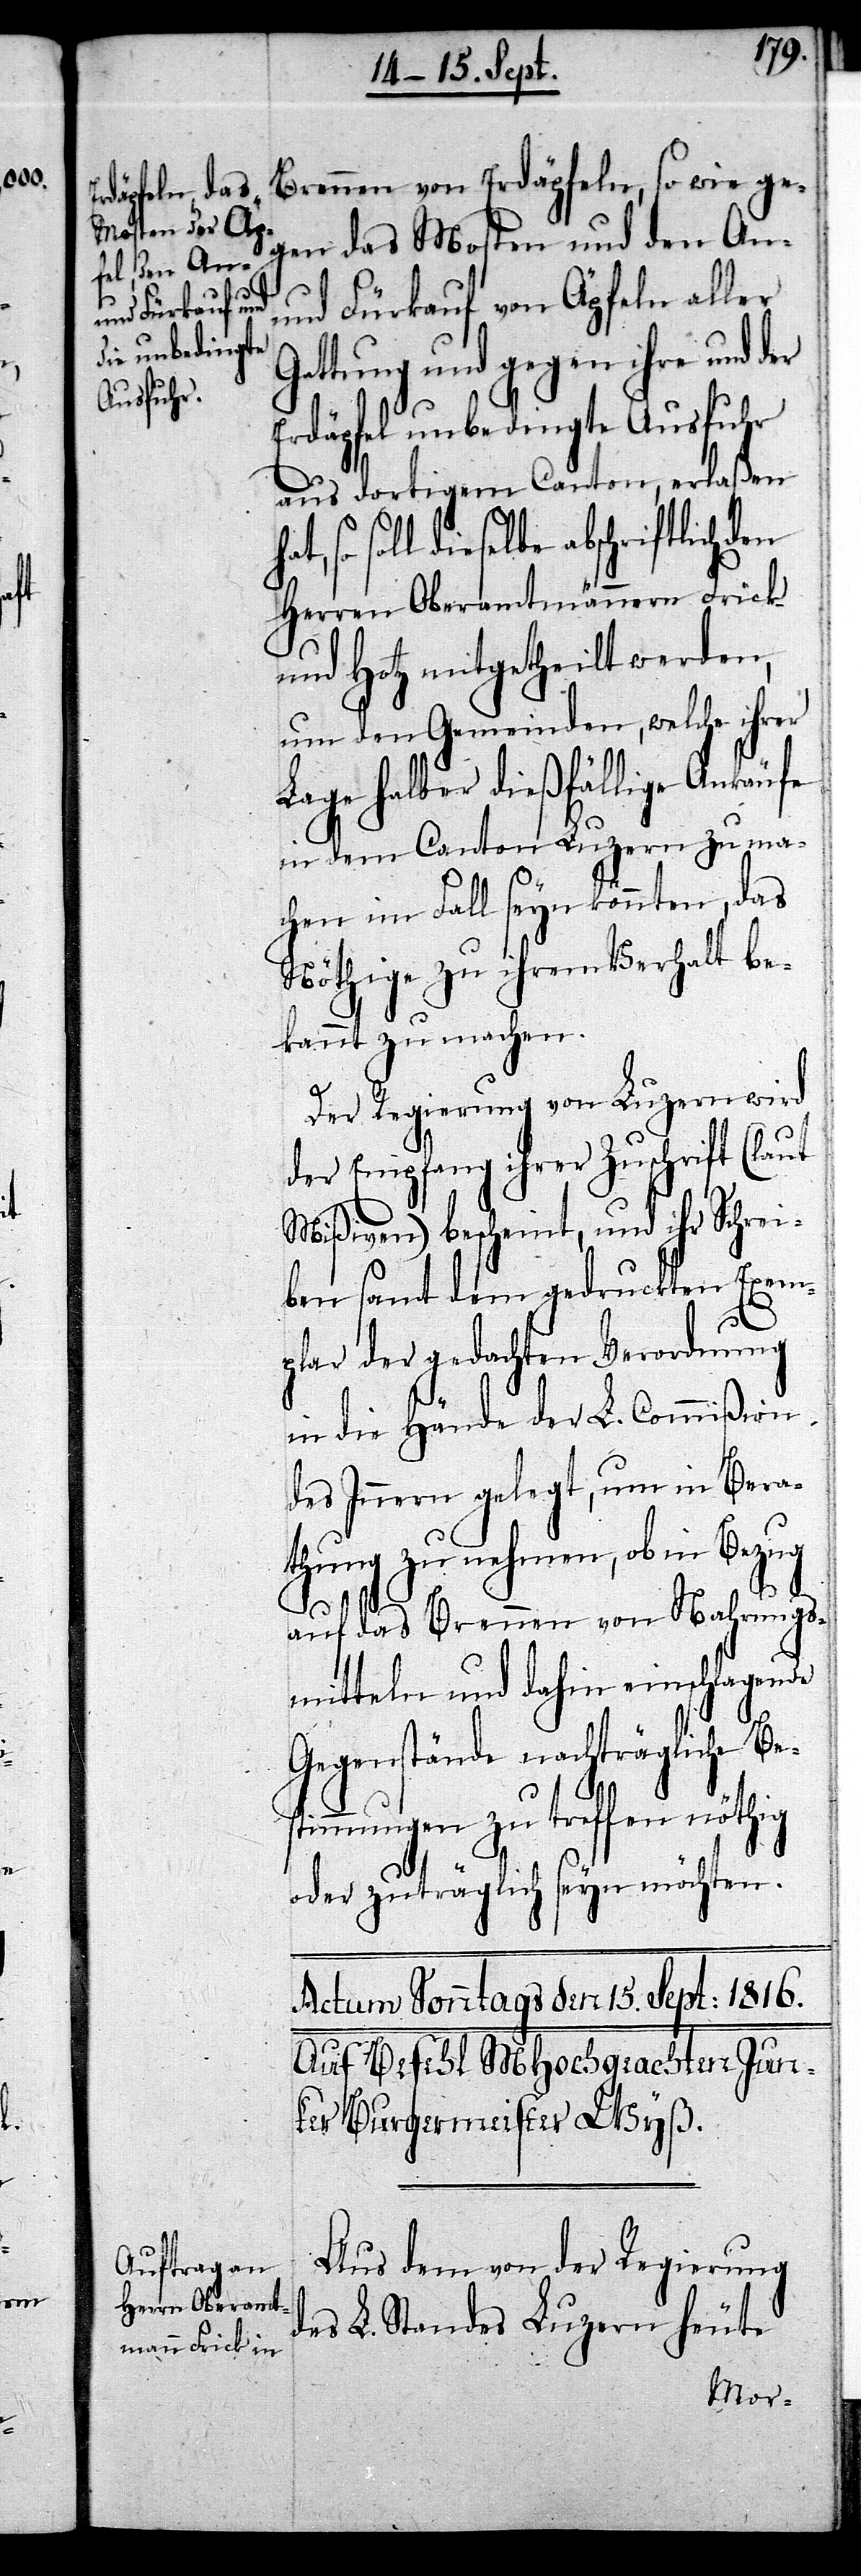
Brennen von Erdäpfeln, so wie ge¬
gen das Mosten und den An-
und Fürkauf von Äpfeln aller
Gattung und gegen ihre und der
Erdäpfel unbedingte Ausfuhr
aus dortigem Canton, erlaßen
so soll dieselbe abschriftlich
Herren Oberamtmännern Frick
und Hotz mitgetheilt werden,
um den Gemeinden, welche ihrer
Lage halber dießfällige Ankäufe
in den Canton Luzern zu ma¬
chen im Fall seyn könnten, das
Nöthige zu ihrem Verhalt be¬
kannt zu machen.
Der Regierung von Luzern wird
der Empfang ihrer Zuschrift (laut
Mißiven) bescheint, und ihr Schrei¬
ben samt dem gedruckten Exem¬
plar der gedachten Verordnung
in die Hände der L. Commißion
des Innern gelegt, um in Bera¬
thung zu nehmen, ob in Bezug
auf das Brennen von Nahrungs¬
mitteln und dahin einschlagende
Gegenstände nachträgliche Bes¬
timmungen zu treffen nöthig
oder zuträglich seyn möchten.
Actum Sonntags den 15. Sept: 1816.
Auf Befehl MHochgeachten Jun¬
ker Burgermeister Wyß.
Aus dem von der Regierung
des L. Standes Luzern heute